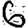
Digit: 6